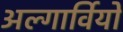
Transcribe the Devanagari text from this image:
अल्गार्वियो